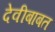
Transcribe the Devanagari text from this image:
देवीबाबत